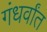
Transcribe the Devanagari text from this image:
गंधर्वांत